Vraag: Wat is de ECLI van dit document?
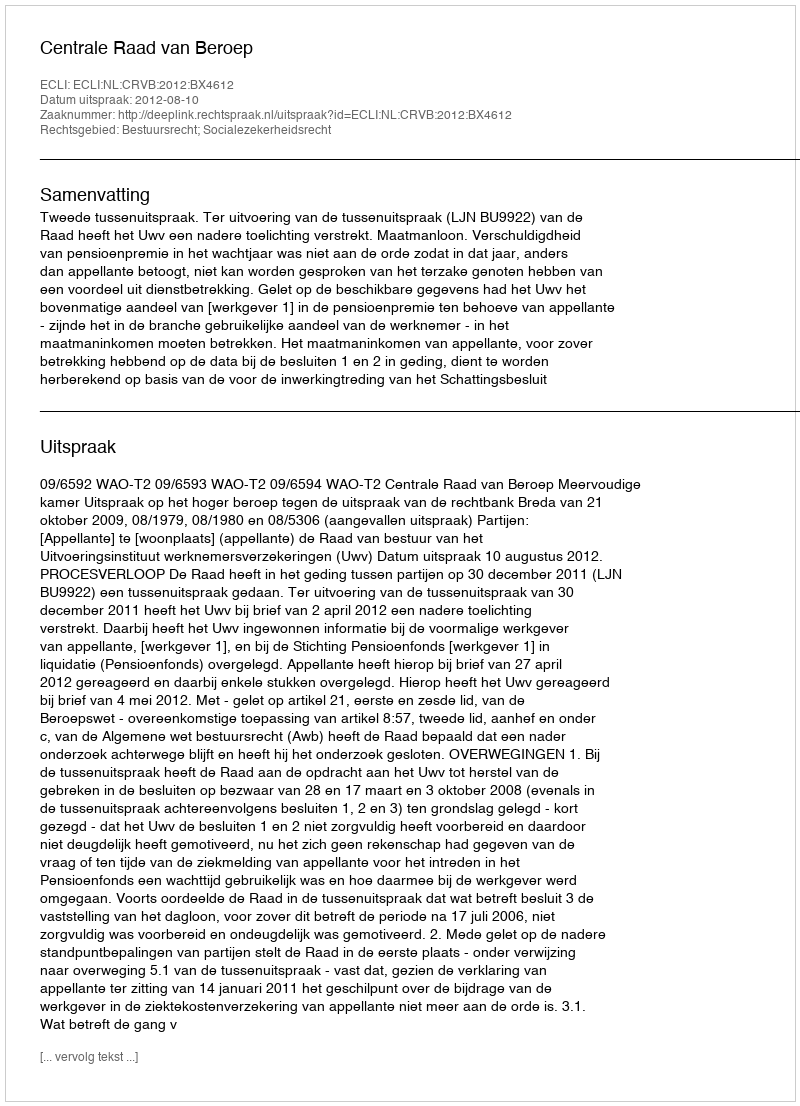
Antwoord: ECLI:NL:CRVB:2012:BX4612